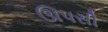
ઊપસી